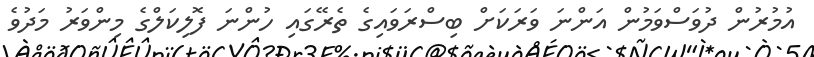
އުމުރުން ދުވަސްވަމުން އަންނަ ވަރަކަށް ބިސްރަވައިގެ ތެރޭގައި ހުންނަ ފޮލިކަލްގެ މިންވަރު މަދުވެ